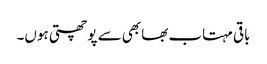
باقی مہتاب بھابھی سے پوچھتی ہوں۔